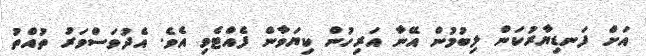
އަށް ފަނޑިޔާރުކަން ލިބުމުން އޭނާ އަރިހުން ކިޔަވާން ފެއްޓެވި އެވެ. އެދުވަސްވަރު ތުއްތު